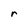
Character: r